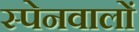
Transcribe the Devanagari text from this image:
स्पेनवालों